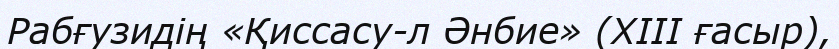
Рабғузидің «Қиссасу-л Әнбие» (XIII ғасыр),